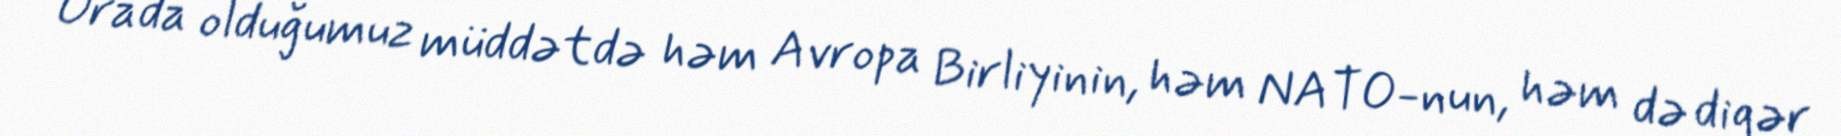
Orada olduğumuz müddətdə həm Avropa Birliyinin, həm NATO-nun, həm də digər